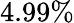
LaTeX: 4.99\%